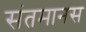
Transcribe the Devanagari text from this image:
संतमानस